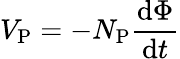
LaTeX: V_{\mathrm{P}}=-N_{\mathrm{P}}{\frac{\mathrm{d}\Phi}{\mathrm{d}t}}